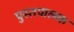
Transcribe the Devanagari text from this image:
पुस्तपालक